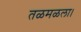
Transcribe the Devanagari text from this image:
तळमळला।